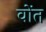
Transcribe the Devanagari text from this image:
वोंत